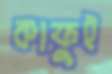
কাফুই